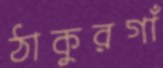
ঠাকুরগাঁ